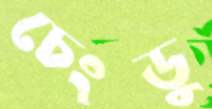
চেংডু